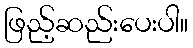
ဖြည့်ဆည်းပေးပါ။